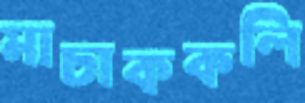
মাচাককলি